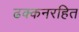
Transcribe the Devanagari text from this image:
ढक्कनरहित